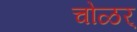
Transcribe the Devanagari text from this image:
चोळर्